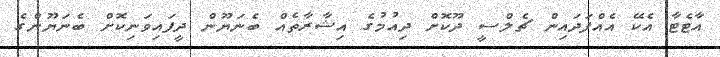
އާޓެޓާ އެކޭ އެއްފަދައިން ޗެލްސީ ދޫކޮށް ދިއުމުގެ އިޝާރާތެއް ބެނަޔޫން ދީފައިވަނިކޮށް ބެނަޔޫންގެ